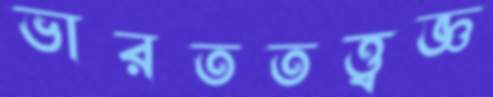
ভারততত্ত্বজ্ঞ